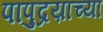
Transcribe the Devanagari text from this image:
पापुद्रय़ाच्या